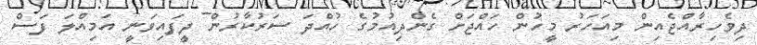
ދިވެހިރާއްޖެއިން މިއަހަރު މީހުން ހައްޖަށް ގެންދިއުމުގެ ހުއްދަ ސަރުކާރުން ދީފައިވަނީ އަމިއްލަ ފަސް